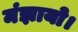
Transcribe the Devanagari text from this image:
मंझायो।